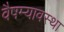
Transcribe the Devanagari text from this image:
वैषम्यावस्था